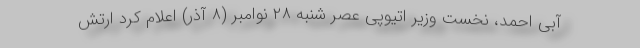
آبی احمد، نخست وزیر اتیوپی عصر شنبه ۲۸ نوامبر (۸ آذر) اعلام کرد ارتش